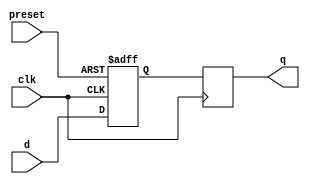
module d_ff_async_preset (
    input d,
    input preset,
    input clk,
    output reg q
);

reg q_next;

always @(posedge clk or posedge preset) begin
    if (preset) begin
        q_next <= 1'b1; // Set output to 1 when preset is active
    end else begin
        q_next <= d; // Store input data on rising edge of clock
    end
end

always @(posedge clk) begin
    q <= q_next; // Output stored data on next clock cycle
end

endmodule